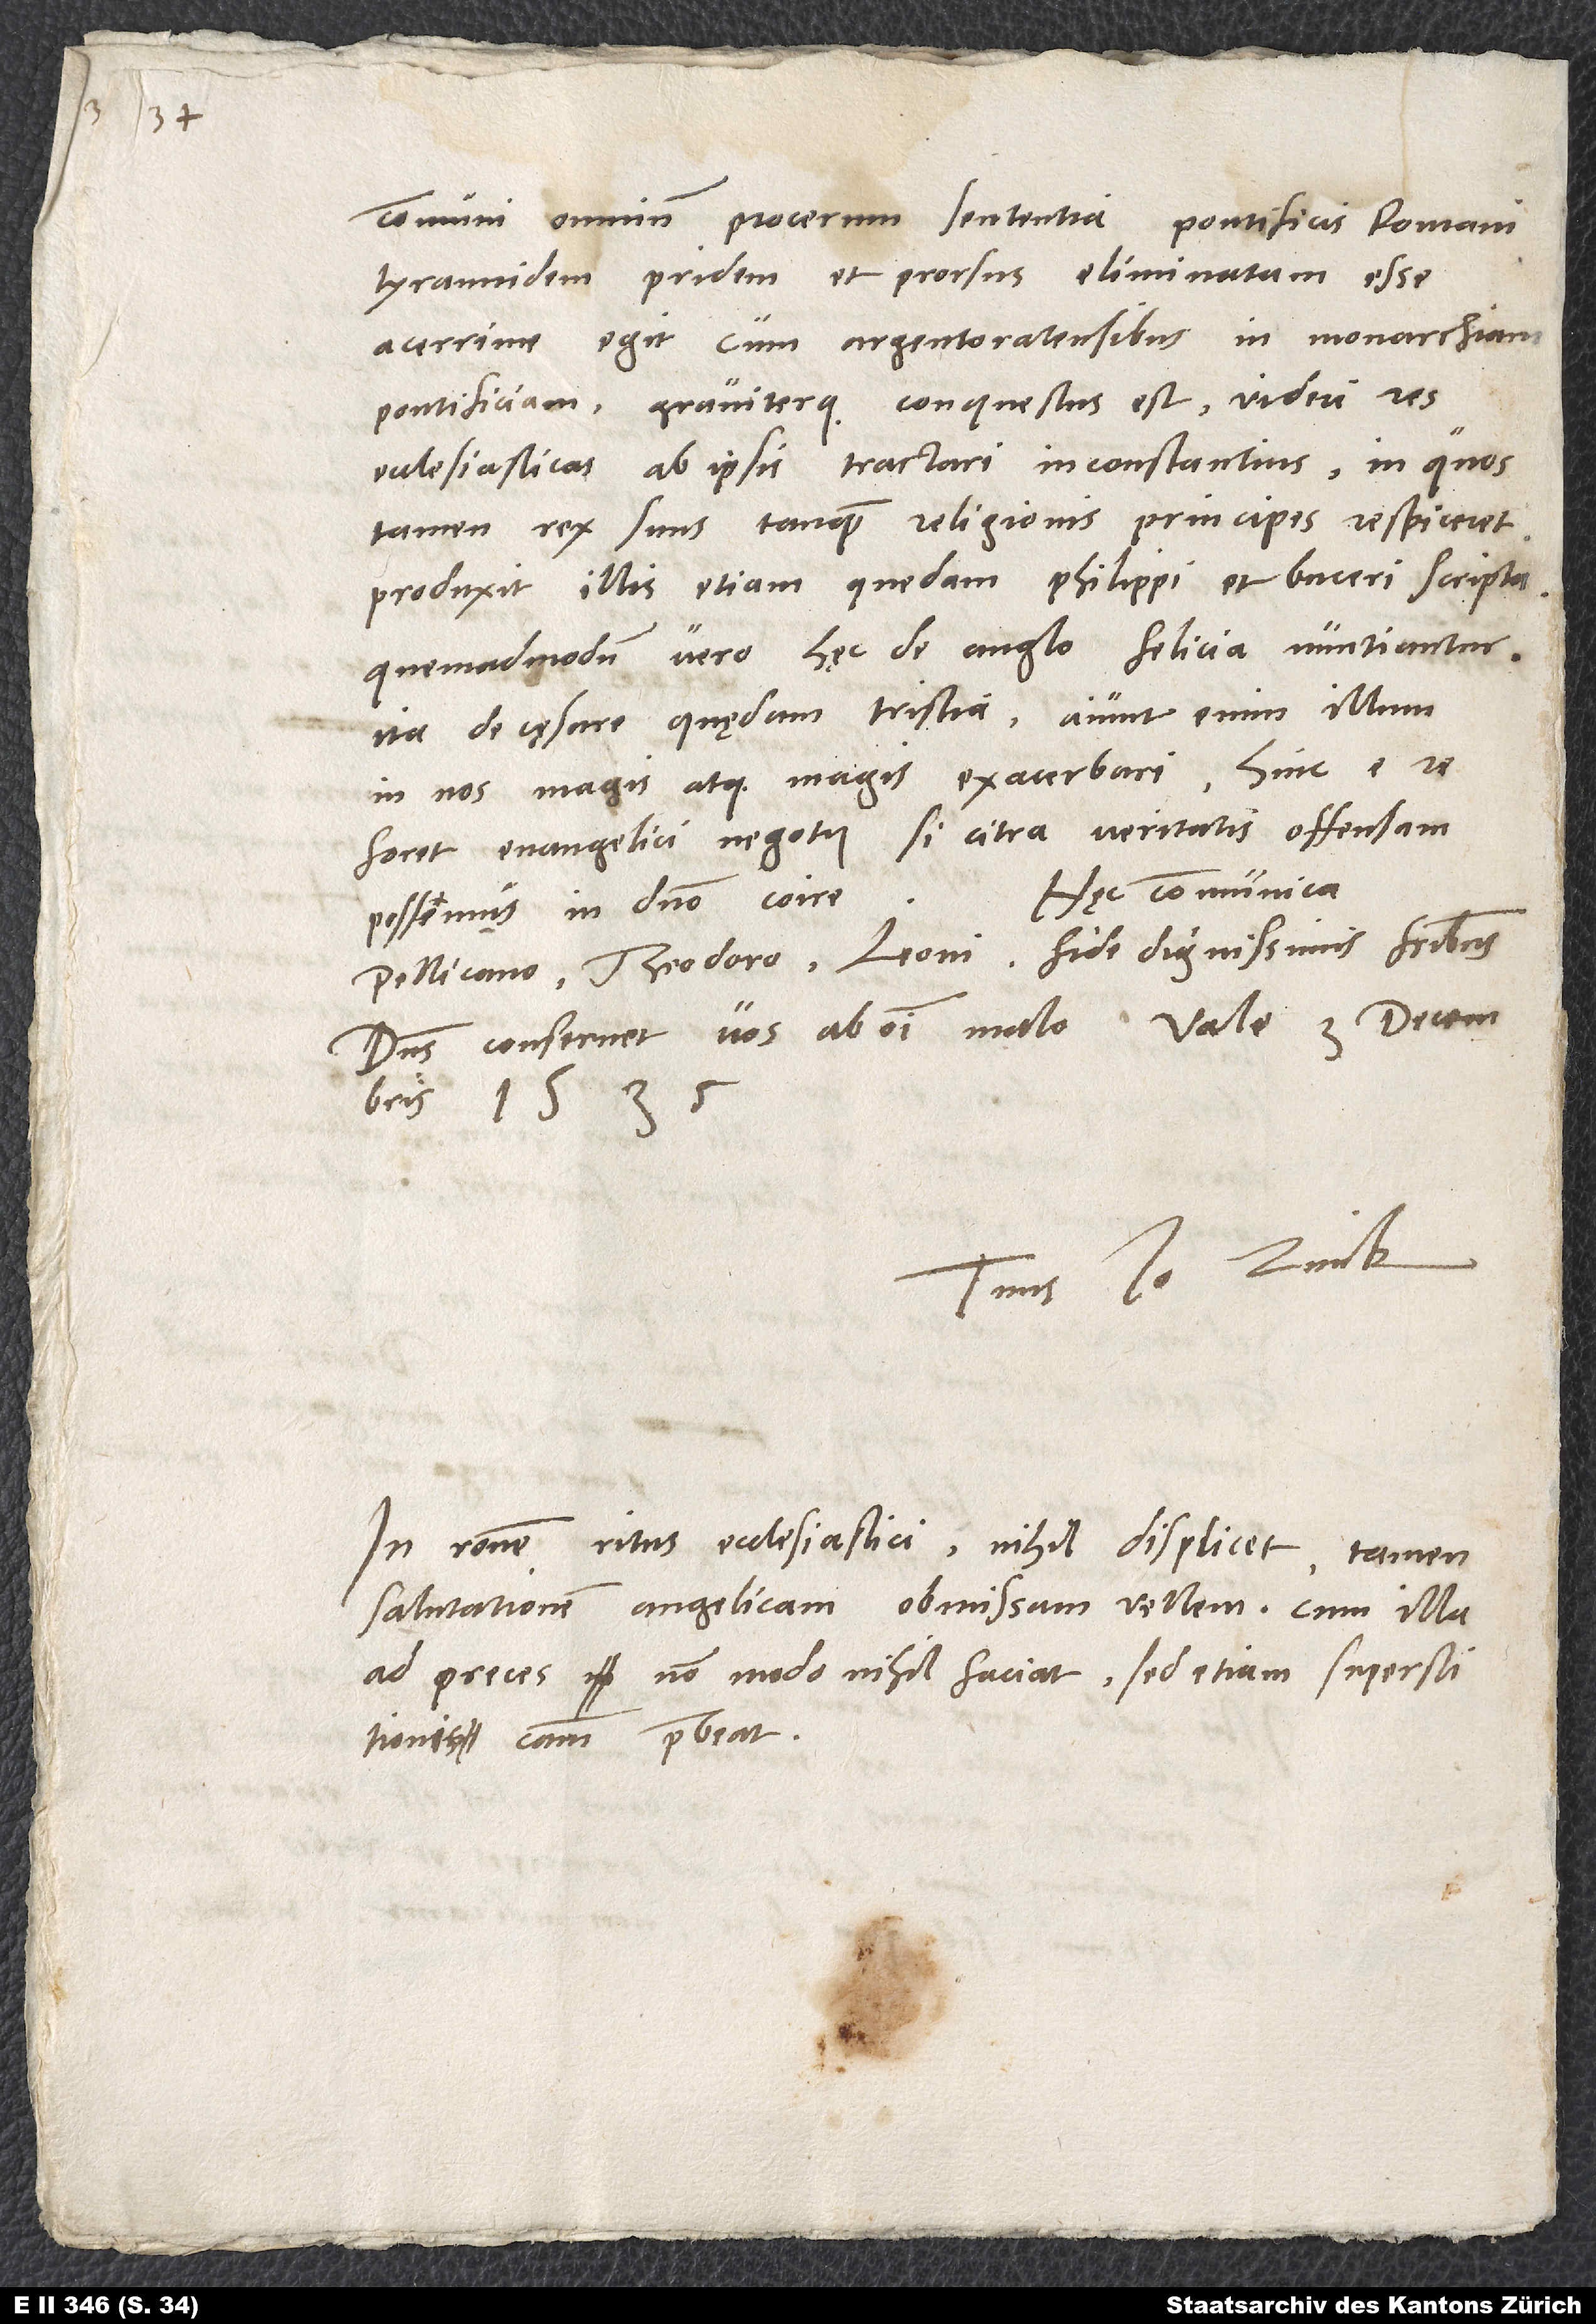
communi omnium procerum sententia pontificis Romani
tyrannidem pridem et prorsus eliminatum esse.
Acerrime egit cum Argentoratensibus in monarchiam
pontificiam graviterque conquestus est videri res
ecclesiasticas ab ipsis tractari inconstantius, in quos
tamen rex suus tanquam religionis principes respiceret.
Produxit illis etiam quedam Philippi et Buceri scripta.
Quemadmodum vero hęc de Anglo felicia nuntiantur,
ita de cęsare quędam tristia; aiunt enim illum
in nos magis atque magis exacerbari.
foret evangelici negotii, si citra veritatis offensam
Hęc communica
possemus in domino coire.
Pellicano, Theodoro Leoni, fide dignissimis fratribus.
Dominus conservet vos ab omni malo.
1535.
Tuus Io. Zvick.
In ratione ritus ecclesiastici nihil displicet. Tamen
salutationem angelicam obmissam vellem, cum illa
ad preces non modo nihil faciat, sed etiam superstitionis
causam praebeat.